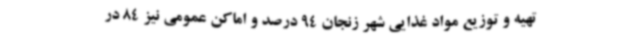
تهیه و توزیع مواد غذایی شهر زنجان 94 درصد و اماکن عمومی نیز 84 در